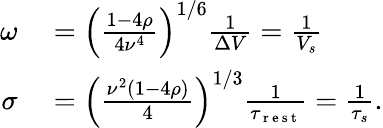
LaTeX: \begin{array}{rl}{\omega}&{{}=\left(\frac{1-4\rho}{4\nu^{4}}\right)^{1/6}\frac{1}{\Delta V}=\frac{1}{V_{s}}}\\ {\sigma}&{{}=\left(\frac{\nu^{2}\left(1-4\rho\right)}{4}\right)^{1/3}\frac{1}{\tau_{\mathrm{~r~e~s~t~}}}=\frac{1}{\tau_{s}}.}\end{array}